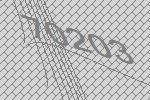
70203